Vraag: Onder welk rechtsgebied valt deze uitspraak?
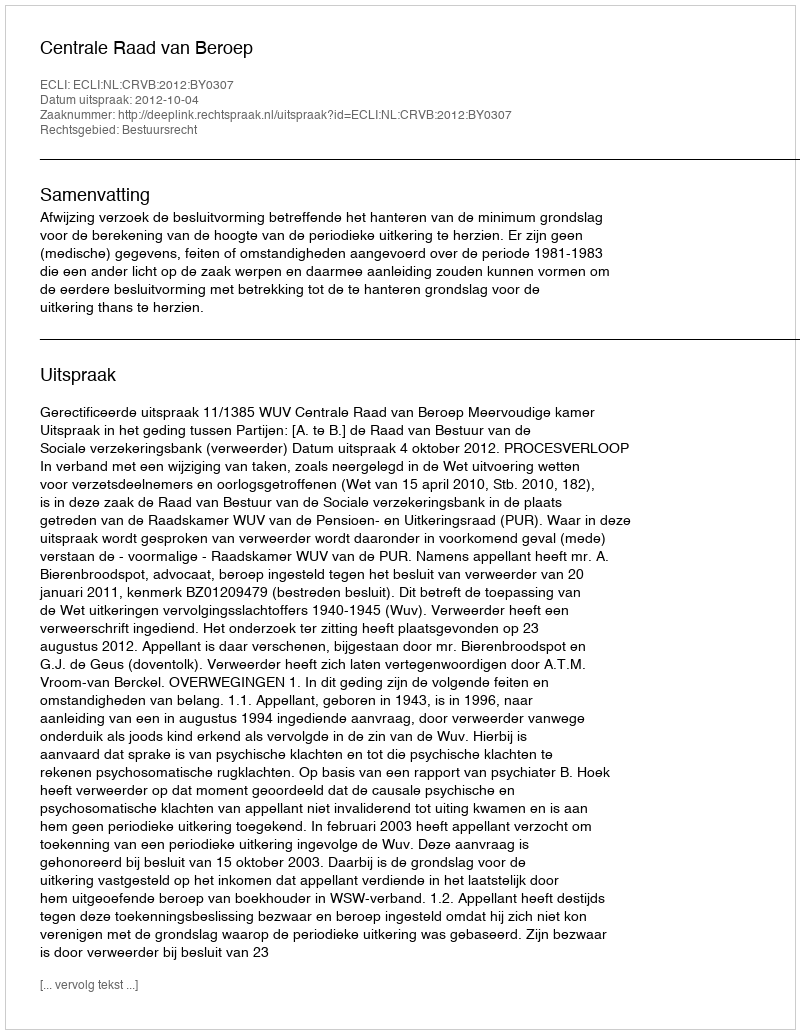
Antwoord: Bestuursrecht